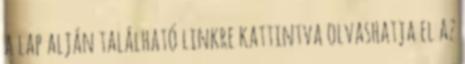
a lap alján található linkre kattintva olvashatja el az